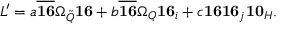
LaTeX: { \cal L } ^ { \prime } = a \overline { { { { \bf 1 6 } } } } \Omega _ { \tilde { Q } } { \bf 1 6 } + b \overline { { { { \bf 1 6 } } } } \Omega _ { Q } { \bf 1 6 } _ { i } + c { \bf 1 6 } { \bf 1 6 } _ { j } { \bf 1 0 } _ { H } .